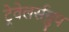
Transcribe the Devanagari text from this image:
ट्रेवेलर्सग्रुप